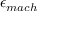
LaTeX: \epsilon _ { m a c h }